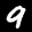
Label: 9